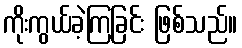
ကိုးကွယ်ခဲ့ကြခြင်း ဖြစ်သည်။